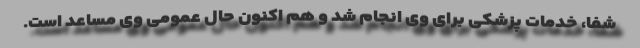
شفا، خدمات پزشکی برای وی انجام شد و هم اکنون حال عمومی وی مساعد است.